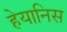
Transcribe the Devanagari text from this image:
हेयानिस